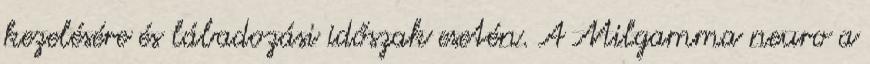
kezelésére és lábadozási időszak esetén. A Milgamma neuro a